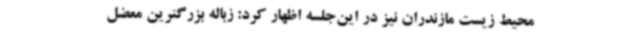
محیط زیست مازندران نیز در این‌جلسه اظهار کرد: زباله بزرگترین‌ معضل